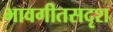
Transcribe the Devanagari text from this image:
भावगीतसदृश